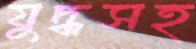
যুদ্ধসহ